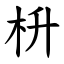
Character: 枡